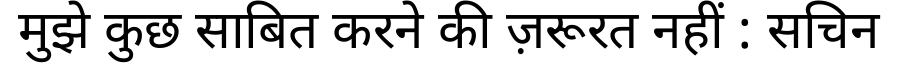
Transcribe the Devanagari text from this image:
मुझे कुछ साबित करने की ज़रूरत नहीं : सचिन